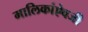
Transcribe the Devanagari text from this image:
मालिकांऐवजी